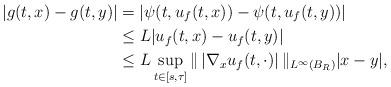
LaTeX: \begin{align*}|g(t,x)-g(t,y)|&=|\psi(t,u_f(t,x))-\psi(t,u_f(t,y))|\\&\le L |u_f(t,x)-u_f(t,y)|\\& \le L \sup_{t \in [s,\tau]}\|\,|\nabla_x u_f(t,\cdot)|\, \|_{L^\infty(B_R)}|x-y|,\end{align*}